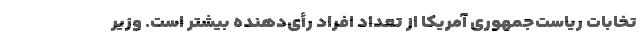
تخابات ریاست‌جمهوری آمریکا از تعداد افراد رأی‌دهنده بیشتر است. وزیر